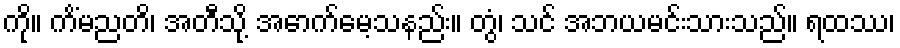
ကို။ ကိံမညတိ၊ အတီသို့ အောက်မေ့သနည်း။ တွံ၊ သင် အဘယမင်းသားသည်။ ရထဿ၊